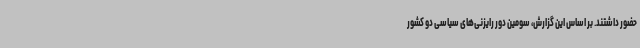
حضور داشتند. بر اساس این گزارش، سومین دور رایزنی‌های سیاسی دو کشور